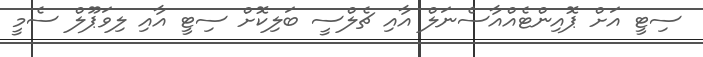
ސިޓީ އަށް ޕޮއިންޓެއްއާސެނަލް އާއި ޗެލްސީ ބަލިކޮށް ސިޓީ އާއި ލިވަޕޫލް ސެމީ